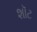
શૉટ